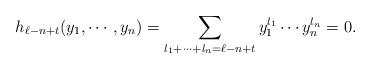
LaTeX: \begin{align*} h_{\ell-n+t}(y_1,\cdots,y_n)=\sum_{l_1+\cdots+l_n=\ell-n+t}y_1^{l_1}\cdots y_n^{l_n}=0.\end{align*}